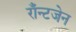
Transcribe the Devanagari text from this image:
राँन्टजेन